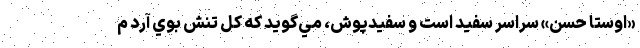
«اوستا حسن» سراسر سفيد است و سفيدپوش، مي‌گويد كه كل تنش بوي آرد م